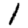
Digit: 1